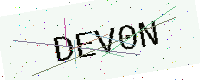
Text: DEV0N